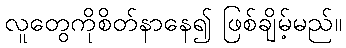
လူတွေကိုစိတ်နာနေ၍ ဖြစ်ချိမ့်မည်။